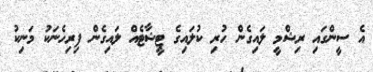
އެ ސީންގައި ރިޝްމީ ލައިގެން ހުރި ކުލައިގެ ޓީޝާޓެއް ލައިގެން ފިރިހެނަކު މަނިކު